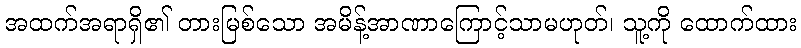
အထက်အရာရှိ၏ တားမြစ်သော အမိန့်အာဏာကြောင့်သာမဟုတ်၊ သူ့ကို ထောက်ထား